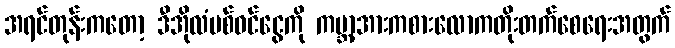
အရင်တုန်းကတော့ ဒီအိုလံပစ်ဝင်ငွေကို ကမ္ဘာ့အားကစားလောကတိုးတက်စေရေးအတွက်